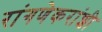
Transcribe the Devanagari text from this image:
रांगणेकरांशी